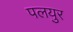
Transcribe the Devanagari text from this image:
पलयुर